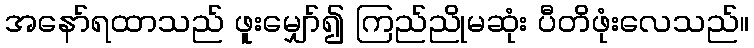
အနော်ရထာသည် ဖူးမျှော်၍ ကြည်ညိုမဆုံး ပီတိဖုံးလေသည်။